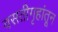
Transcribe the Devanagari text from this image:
वसतीगृहांतून